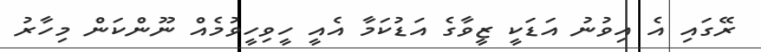
ރޭގައި އެ އިވުނު އަޑަކީ ޒީވާގެ އަޑުކަމާ އެއީ ހީވިހީވުމެއް ނޫންކަން މިހާރު